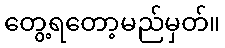
တွေ့ရတော့မည်မှတ်။